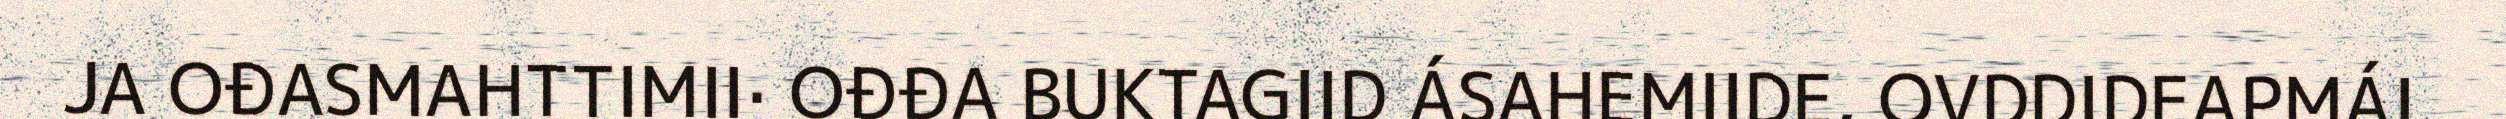
JA OĐASMAHTTIMII· OĐĐA BUKTAGIID ÁSAHEMIIDE, OVDDIDEAPMÁI